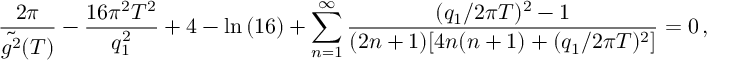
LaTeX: \frac { 2 \pi } { \tilde { g ^ { 2 } } ( T ) } - \frac { 1 6 \pi ^ { 2 } T ^ { 2 } } { q _ { 1 } ^ { 2 } } + 4 - \ln { ( 1 6 ) } + \sum _ { n = 1 } ^ { \infty } \frac { ( q _ { 1 } / 2 \pi T ) ^ { 2 } - 1 } { ( 2 n + 1 ) [ 4 n ( n + 1 ) + ( q _ { 1 } / 2 \pi T ) ^ { 2 } ] } = 0 \, ,